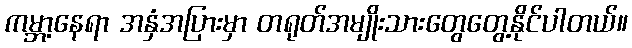
ကမ္ဘာ့နေရာ အနှံအပြားမှာ တရုတ်အမျိုးသားတွေတွေ့နိုင်ပါတယ်။